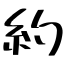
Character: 約